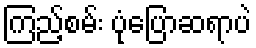
ကြည့်စမ်း ပုံပြောဆရာပဲ